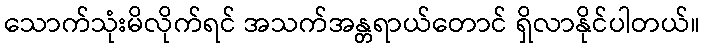
သောက်သုံးမိလိုက်ရင် အသက်အန္တရာယ်တောင် ရှိလာနိုင်ပါတယ်။